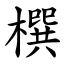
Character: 㯢